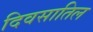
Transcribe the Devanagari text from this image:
दिवसातिल